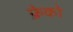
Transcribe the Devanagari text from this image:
फ्रेको